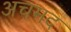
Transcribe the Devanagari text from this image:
अचमद